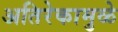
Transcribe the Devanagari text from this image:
अतिरेकामुळे